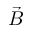
\vec { B }